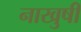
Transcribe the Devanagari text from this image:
नाखुषी